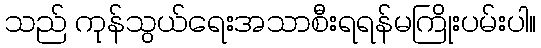
သည် ကုန်သွယ်ရေးအသာစီးရရန်မကြိုးပမ်းပါ။